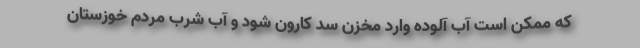
که ممکن است آب آلوده وارد مخزن سد کارون شود و آب شرب مردم خوزستان